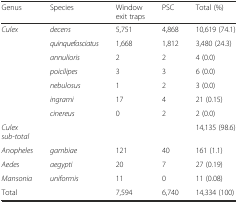
<table><thead><tr><td><b>Genus</b></td><td><b>Species</b></td><td><b>Window exit traps</b></td><td><b>PSC</b></td><td><b>Total (%)</b></td></tr></thead><tbody><tr><td rowspan="7"><i>Culex</i></td><td><i>decens</i></td><td>5,751</td><td>4,868</td><td>10,619 (74.1)</td></tr><tr><td><i>quinquefasciatus</i></td><td>1,668</td><td>1,812</td><td>3,480 (24.3)</td></tr><tr><td><i>annulioris</i></td><td>2</td><td>2</td><td>4 (0.0)</td></tr><tr><td><i>poicilipes</i></td><td>3</td><td>3</td><td>6 (0.0)</td></tr><tr><td><i>nebulosus</i></td><td>1</td><td>2</td><td>3 (0.0)</td></tr><tr><td><i>ingrami</i></td><td>17</td><td>4</td><td>21 (0.15)</td></tr><tr><td><i>cinereus</i></td><td>0</td><td>2</td><td>2 (0.0)</td></tr><tr><td><i>Culex sub-total</i></td><td></td><td></td><td></td><td>14,135 (98.6)</td></tr><tr><td><i>Anopheles</i></td><td><i>gambiae</i></td><td>121</td><td>40</td><td>161 (1.1)</td></tr><tr><td><i>Aedes</i></td><td><i>aegypti</i></td><td>20</td><td>7</td><td>27 (0.19)</td></tr><tr><td><i>Mansonia</i></td><td><i>uniformis</i></td><td>11</td><td>0</td><td>11 (0.08)</td></tr><tr><td colspan="2">Total</td><td>7,594</td><td>6,740</td><td>14,334 (100)</td></tr></tbody></table>